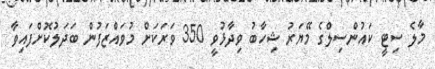
މާލެ ސިޓީ ކައުންސިލްގެ މޭޔަރު ޝިހާބު ވިދާޅުވީ 350 ވަރަަކަށް މުވައްޒަފުން ބަދަލުކޮށްފައިވާ